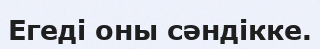
Егеді оны сәндікке.